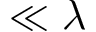
\ll \lambda